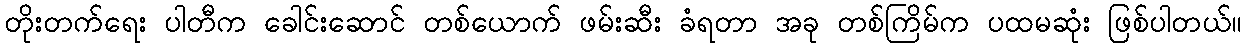
တိုးတက်ရေး ပါတီက ခေါင်းဆောင် တစ်ယောက် ဖမ်းဆီး ခံရတာ အခု တစ်ကြိမ်က ပထမဆုံး ဖြစ်ပါတယ်။